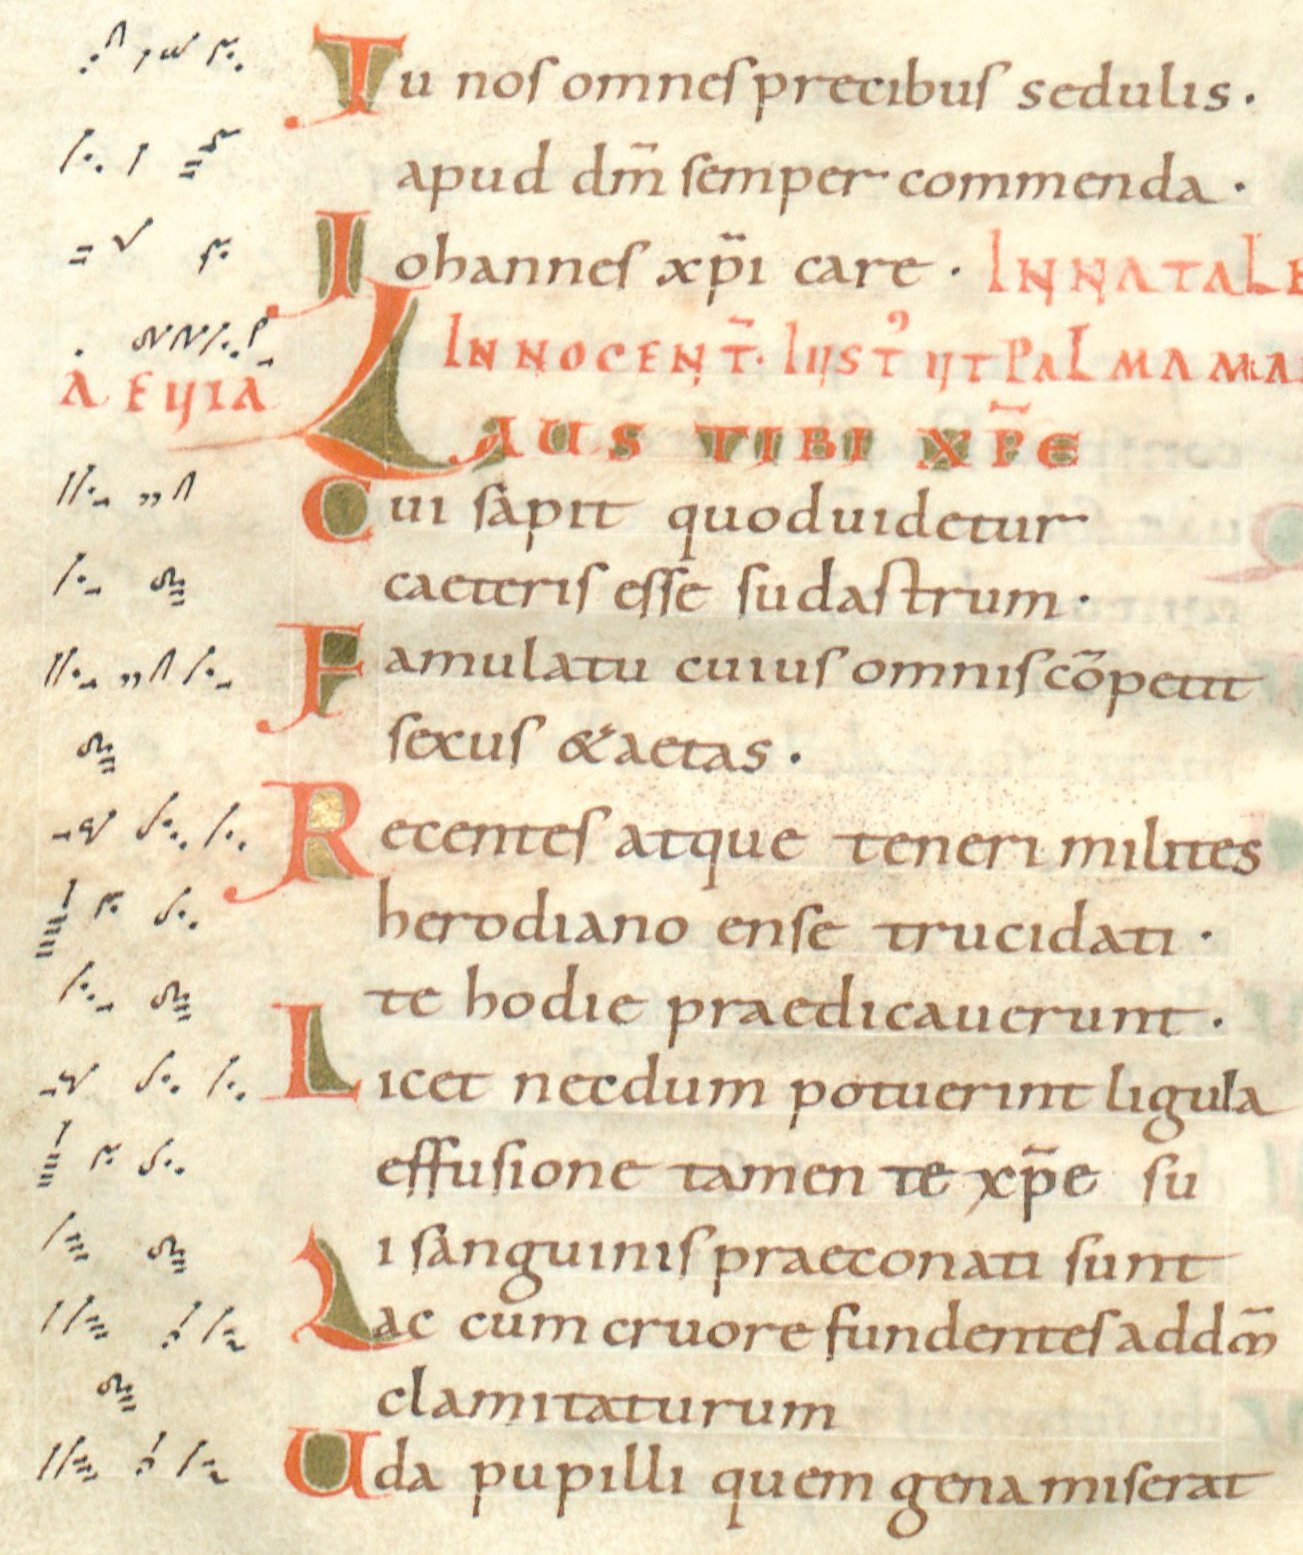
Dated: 1024–1027